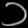
Digit: ၁